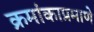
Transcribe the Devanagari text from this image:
क्रमांकाप्रमाणे